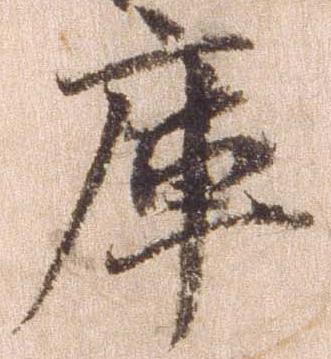
庫